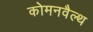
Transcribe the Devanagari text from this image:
कोमनवैल्थ